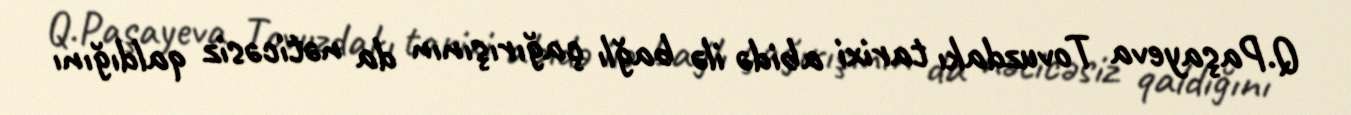
Q.Paşayeva Tovuzdakı tarixi abidə ilə bağlı çağırışının da nəticəsiz qaldığını